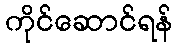
ကိုင်ဆောင်ရန်